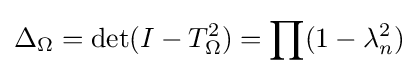
\Delta _{\Omega }=\det(I-T_{\Omega }^{2})=\prod (1-\lambda _{n}^{2})